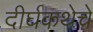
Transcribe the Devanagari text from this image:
दीर्घकथेचे